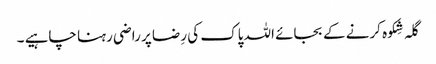
گلہ شِکوہ کرنے کے بجائے اللہ پاک کی رِضا پر راضی رہنا چاہیے ۔